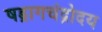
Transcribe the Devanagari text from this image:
षड्रागचंद्रोदय